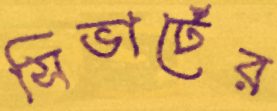
সিভার্টের